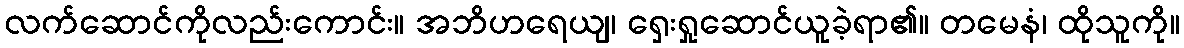
လက်ဆောင်ကိုလည်းကောင်း။ အဘိဟရေယျ၊ ရှေးရှုဆောင်ယူခဲ့ရာ၏။ တမေနံ၊ ထိုသူကို။